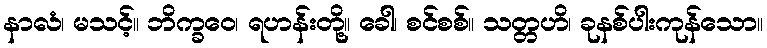
နာလံ၊ မသင့်။ ဘိက္ခဝေ၊ ရဟန်းတို့။ ခေါ၊ စင်စစ်။ သတ္တဟိ၊ ခုနစ်ပါးကုန်သော။